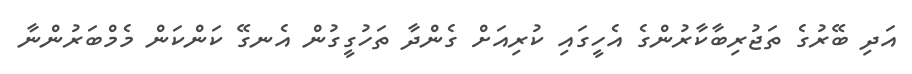
އަދި ބޭރުގެ ތަޖުރިބާކާރުންގެ އެހީގައި ކުރިއަށް ގެންދާ ތަހުގީގުން އެނގޭ ކަންކަން މެމްބަރުންނާ